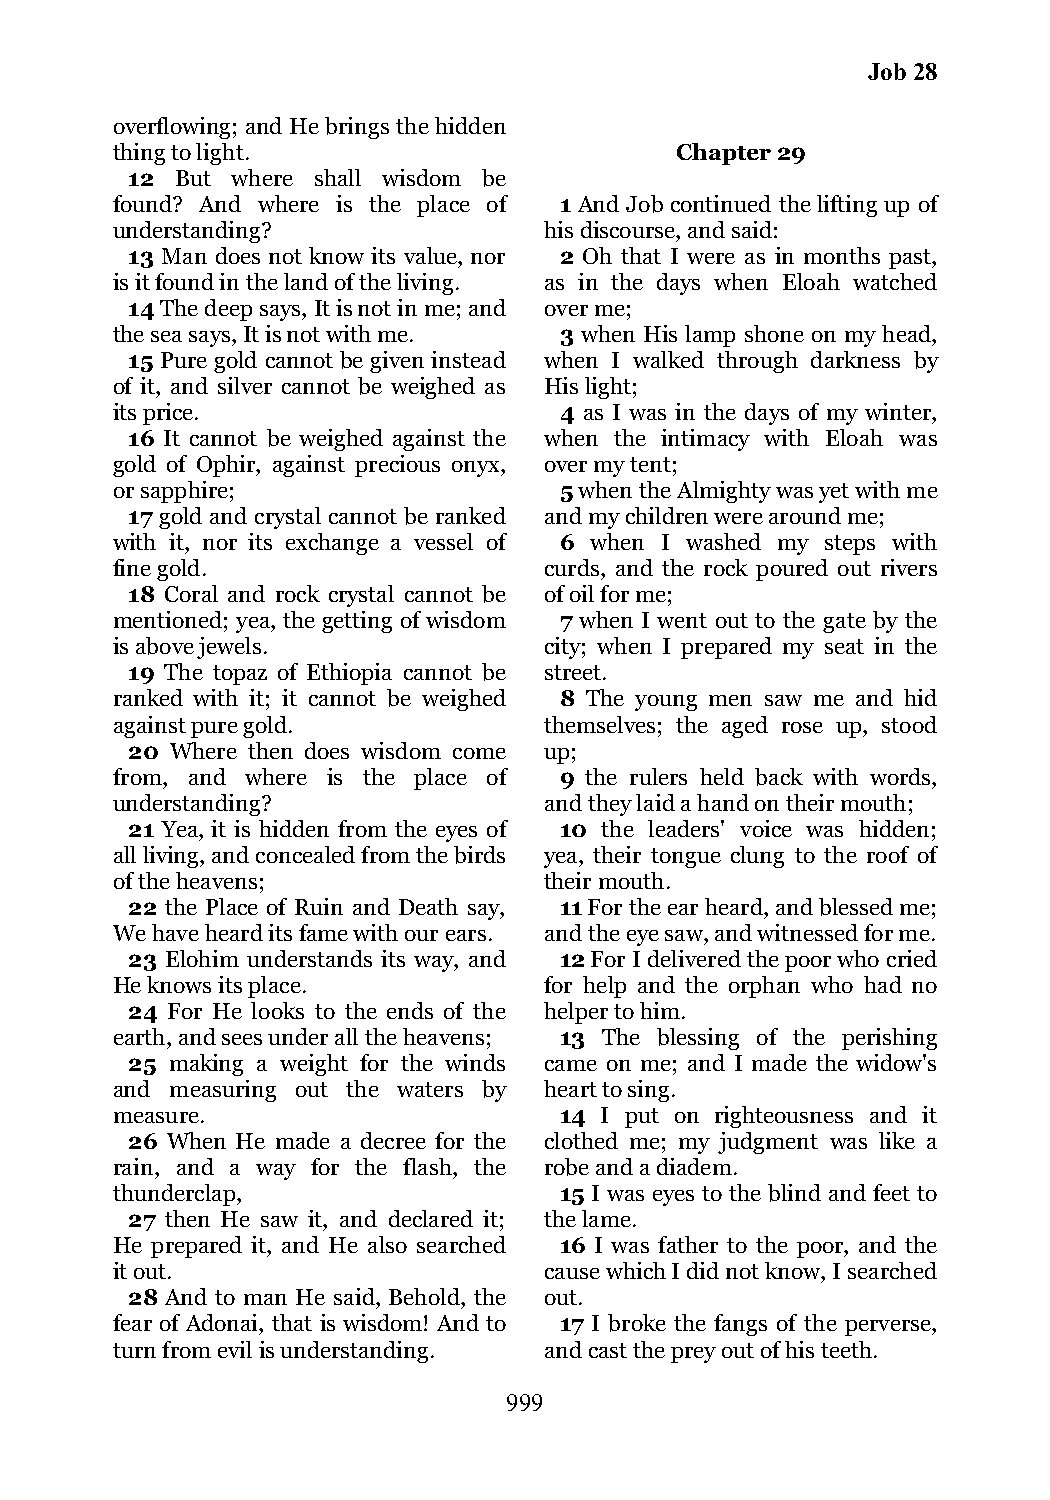
Job 28
 overflowing; and He brings the hidden
 thing to light.                       Chapter 29
 12  But where shall wisdom be
 found? And where is the place of 1 And Job continued the lifting up of
 understanding?               his discourse, and said:
 13 Man does not know its value, nor 2 Oh that I were as in months past,
 is it found in the land of the living. as in the days when Eloah watched
 14 The deep says, It is not in me; and over me;
 the sea says, It is not with me. 3 when His lamp shone on my head,
 15 Pure gold cannot be given instead when I walked through darkness by
 of it, and silver cannot be weighed as His light;
 its price.                    4 as I was in the days of my winter,
 16 It cannot be weighed against the when the intimacy with Eloah was
 gold of Ophir, against precious onyx, over my tent;
 or sapphire;                  5 when the Almighty was yet with me
 17 gold and crystal cannot be ranked and my children were around me;
 with it, nor its exchange a vessel of 6 when I washed my steps with
 fine gold.                   curds, and the rock poured out rivers
 18 Coral and rock crystal cannot be of oil for me;
 mentioned; yea, the getting of wisdom 7 when I went out to the gate by the
 is above jewels.             city; when I prepared my seat in the
 19 The topaz of Ethiopia cannot be street.
 ranked with it; it cannot be weighed 8 The young men saw me and hid
 against pure gold.           themselves; the aged rose up, stood
 20 Where then does wisdom come up;
 from, and where is the place of 9 the rulers held back with words,
 understanding?               and they laid a hand on their mouth;
 21 Yea, it is hidden from the eyes of 10 the leaders' voice was hidden;
 all living, and concealed from the birds yea, their tongue clung to the roof of
 of the heavens;              their mouth.
 22 the Place of Ruin and Death say, 11 For the ear heard, and blessed me;
 We have heard its fame with our ears. and the eye saw, and witnessed for me.
 23 Elohim understands its way, and 12 For I delivered the poor who cried
 He knows its place.          for help and the orphan who had no
 24 For He looks to the ends of the helper to him.
 earth, and sees under all the heavens; 13 The blessing of the perishing
 25 making a weight for the winds came on me; and I made the widow's
 and measuring out the waters by heart to sing.
 measure.                      14 I put on righteousness and it
 26 When He made a decree for the clothed me; my judgment was like a
 rain, and a way for the flash, the robe and a diadem.
 thunderclap,                  15 I was eyes to the blind and feet to
 27 then He saw it, and declared it; the lame.
 He prepared it, and He also searched 16 I was father to the poor, and the
 it out.                      cause which I did not know, I searched
 28 And to man He said, Behold, the out.
 fear of Adonai, that is wisdom! And to 17 I broke the fangs of the perverse,
 turn from evil is understanding. and cast the prey out of his teeth.
 999